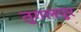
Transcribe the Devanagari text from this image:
तुगलपुर